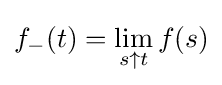
f_{-}(t)=\lim _{s\uparrow t}f(s)